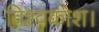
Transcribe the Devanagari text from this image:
विश्वकोश।